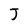
Character: J